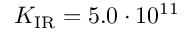
K _ { \mathrm { I R } } = 5 . 0 \cdot 1 0 ^ { 1 1 }